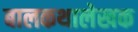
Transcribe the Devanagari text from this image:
बालकथालेखक